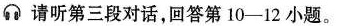
请听第三段对话,回答第 10-12 小题。